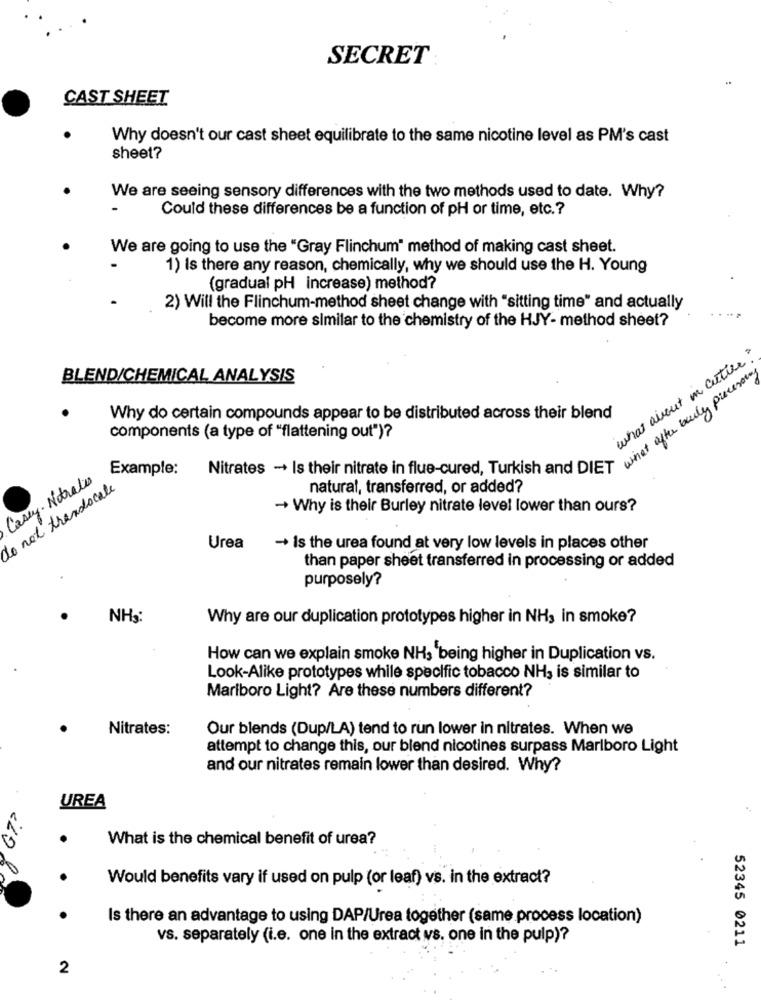
SECRET
CAST SHEET
Why doesn't our cast sheet equilibrate to the same nicotine level as PM's cast
sheet?
We are seeing sensory differences with the two methods used to date. Why?
Could these differences be a function of pH or time, etc .?
We are going to use the "Gray Flinchum" method of making cast sheet.
1) Is there any reason, chemically, why we should use the H. Young
(gradual pH increase) method?
2) Will the Flinchum-method sheet change with "sitting time" and actually
become more similar to the chemistry of the HJY- method sheet?
what about in cities
BLEND/CHEMICAL ANALYSIS
Why do certain compounds appear to be distributed across their blend
components (a type of "flattening out")?
comentes - Is thestaats with vu, Turkish andrew site budy p
Example:
Casey. Notrales
do not theadlocale
natural, transferred, or added?
- Why is their Burley nitrate level lower than ours?
Urea
- Is the urea found at very low levels in places other
than paper sheet transferred in processing or added
purposely?
NH3:
Why are our duplication prototypes higher in NH3 in smoke?
How can we explain smoke NH3 being higher in Duplication vs.
Look-Alike prototypes while specific tobacco NH3 is similar to
Marlboro Light? Are these numbers different?
Nitrates:
Our blends (Dup/LA) tend to run lower in nitrates. When we
attempt to change this, our blend nicotines surpass Marlboro Light
and our nitrates remain lower than desired. Why?
UREA
1.
What is the chemical benefit of urea?
Would benefits vary if used on pulp (or leaf) vs. in the extract?
Is there an advantage to using DAP/Urea together (same process location)
vs. separately (i.e. one in the extract vs. one in the pulp)?
52345 0211
2